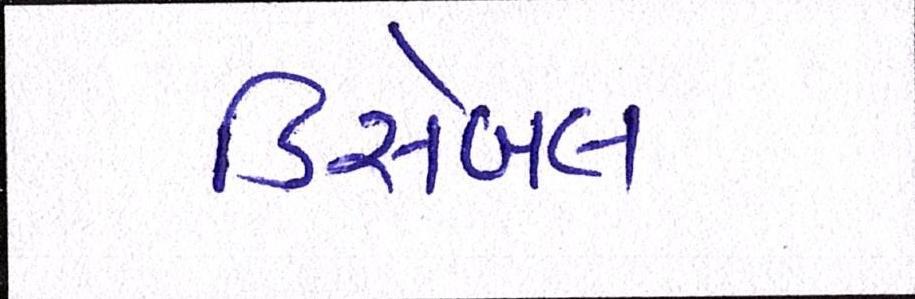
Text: ડિસેબલ